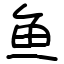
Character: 鱼